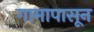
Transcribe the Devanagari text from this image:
गामापासून